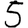
Digit: 5